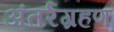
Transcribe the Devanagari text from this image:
अंतर्रग्रहण